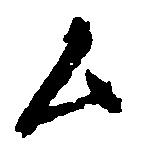
ム